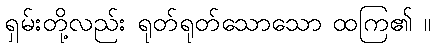
ရှမ်းတို့လည်း ရုတ်ရုတ်သောသော ထကြ၏ ။